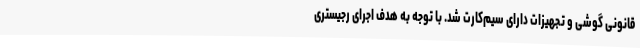
قانونی گوشی و تجهیزات دارای سیم‌کارت شد. با توجه به هدف اجرای رجیستری